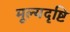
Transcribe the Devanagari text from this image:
मूल्यदृष्टि